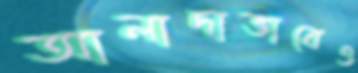
আলাদাভাবেও